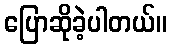
ပြောဆိုခဲ့ပါတယ်။